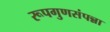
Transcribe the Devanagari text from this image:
रूपगुणसंपन्ना